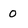
Character: 0